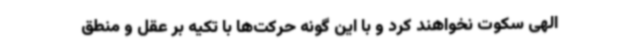
الهی سکوت نخواهند کرد و با این گونه حرکت‌ها با تکیه بر عقل و منطق